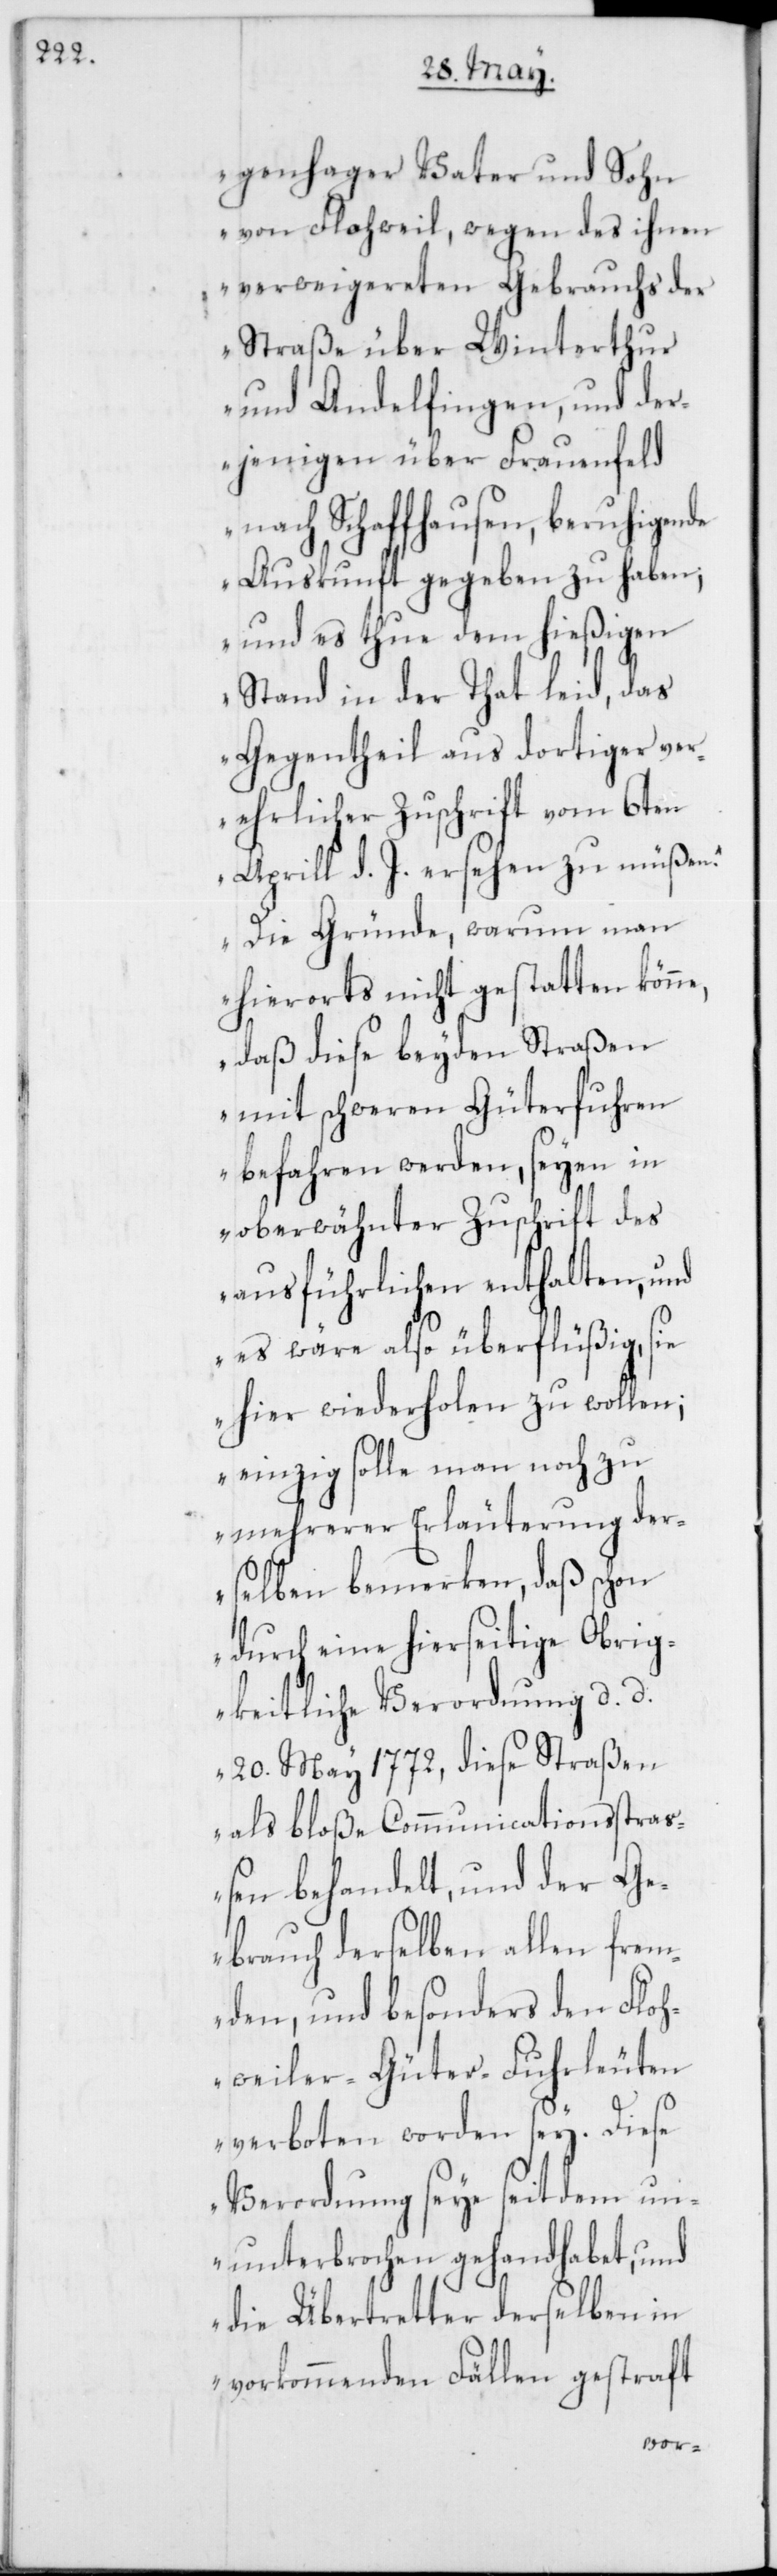
genhager Vater und Sohn
von Flohweil, wegen des ihnen
verweigereten Gebrauchs der
Straße über Winterthur
und Andelfingen, und der¬
jenigen über Frauenfeld
nach Schaffhausen, beruhigen¬
de Auskunft gegeben zu haben;
und es thue dem hießigen
Stand in der That leid, das
Gegentheil aus dortiger ver¬
ehrlicher Zuschrift vom 6ten
Aprill d. J. ersehen zu müßen.
Die Gründe, warum man
hierorts nicht gestatten könne,
daß diese beyden Straßen
mit schweren Güterfuhren
befahren werden, seyen in
oberwähnter Zuschrift des
ausführlichen enthalten, und
es wäre also überflüßig, sie
hier wiederholen zu wollen;
einzig solle man noch zu
mehrerer Erläuterung der¬
selben bemerken, daß schon
durch eine hierseitige Obrig¬
keitliche Verordnung, d. d.
20sten May 1772, diese Straßen
als bloße Communicationsstraß¬
en behandelt, und der Ge¬
brauch derselben allen frem¬
den, und besonders den Floh¬
weiler-Güter-Fuhrleuten
verboten worden sey. Diese
Verordnung seye seit dem un¬
unterbrochen gehandhabet, und
die Übertretter derselben in
vorkommenden Fällen gestraft